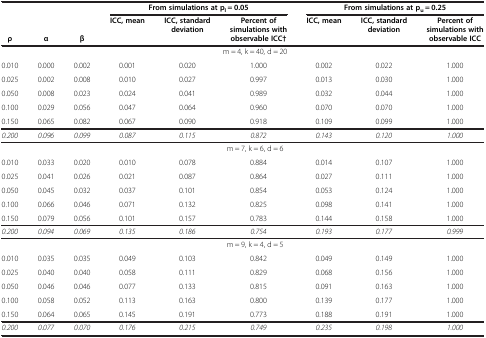
<table><thead><tr><td><b> </b></td><td><b> </b></td><td><b> </b></td><td colspan="3"><b>From simulations at p<sub>l</sub> = 0.05</b></td><td colspan="3"><b>From simulations at p<sub>u</sub> = 0.25</b></td><td><b> </b></td></tr><tr><td><b>ρ</b></td><td><b>α</b></td><td><b>β</b></td><td><b>ICC, mean</b></td><td><b>ICC, standard deviation</b></td><td><b>Percent of simulations with observable ICC†</b></td><td><b>ICC, mean</b></td><td><b>ICC, standard deviation</b></td><td><b>Percent of simulations with observable ICC</b></td><td><b> </b></td></tr></thead><tbody><tr><td colspan="9">m = 4, k = 40, d = 20</td><td> </td></tr><tr><td>0.010</td><td>0.000</td><td>0.002</td><td>0.001</td><td>0.020</td><td>1.000</td><td>0.002</td><td>0.022</td><td>1.000</td><td> </td></tr><tr><td>0.025</td><td>0.002</td><td>0.008</td><td>0.010</td><td>0.027</td><td>0.997</td><td>0.013</td><td>0.030</td><td>1.000</td><td> </td></tr><tr><td>0.050</td><td>0.008</td><td>0.023</td><td>0.024</td><td>0.041</td><td>0.989</td><td>0.032</td><td>0.044</td><td>1.000</td><td> </td></tr><tr><td>0.100</td><td>0.029</td><td>0.056</td><td>0.047</td><td>0.064</td><td>0.960</td><td>0.070</td><td>0.070</td><td>1.000</td><td> </td></tr><tr><td>0.150</td><td>0.065</td><td>0.082</td><td>0.067</td><td>0.090</td><td>0.918</td><td>0.109</td><td>0.099</td><td>1.000</td><td> </td></tr><tr><td><i>0.200</i></td><td><i>0.096</i></td><td><i>0.099</i></td><td><i>0.087</i></td><td><i>0.115</i></td><td><i>0.872</i></td><td><i>0.143</i></td><td><i>0.120</i></td><td><i>1.000</i></td><td> </td></tr><tr><td colspan="9">m = 7, k = 6, d = 6</td><td> </td></tr><tr><td>0.010</td><td>0.033</td><td>0.020</td><td>0.010</td><td>0.078</td><td>0.884</td><td>0.014</td><td>0.107</td><td>1.000</td><td> </td></tr><tr><td>0.025</td><td>0.041</td><td>0.026</td><td>0.021</td><td>0.087</td><td>0.864</td><td>0.027</td><td>0.111</td><td>1.000</td><td> </td></tr><tr><td>0.050</td><td>0.045</td><td>0.032</td><td>0.037</td><td>0.101</td><td>0.854</td><td>0.053</td><td>0.124</td><td>1.000</td><td> </td></tr><tr><td>0.100</td><td>0.066</td><td>0.046</td><td>0.071</td><td>0.132</td><td>0.825</td><td>0.098</td><td>0.141</td><td>1.000</td><td> </td></tr><tr><td>0.150</td><td>0.079</td><td>0.056</td><td>0.101</td><td>0.157</td><td>0.783</td><td>0.144</td><td>0.158</td><td>1.000</td><td> </td></tr><tr><td><i>0.200</i></td><td><i>0.094</i></td><td><i>0.069</i></td><td><i>0.135</i></td><td><i>0.186</i></td><td><i>0.754</i></td><td><i>0.193</i></td><td><i>0.177</i></td><td><i>0.999</i></td><td> </td></tr><tr><td colspan="9">m = 9, k = 4, d = 5</td><td> </td></tr><tr><td>0.010</td><td>0.035</td><td>0.035</td><td>0.049</td><td>0.103</td><td>0.842</td><td>0.049</td><td>0.149</td><td>1.000</td><td> </td></tr><tr><td>0.025</td><td>0.040</td><td>0.040</td><td>0.058</td><td>0.111</td><td>0.829</td><td>0.068</td><td>0.156</td><td>1.000</td><td> </td></tr><tr><td>0.050</td><td>0.046</td><td>0.046</td><td>0.077</td><td>0.133</td><td>0.815</td><td>0.091</td><td>0.163</td><td>1.000</td><td> </td></tr><tr><td>0.100</td><td>0.058</td><td>0.052</td><td>0.113</td><td>0.163</td><td>0.800</td><td>0.139</td><td>0.177</td><td>1.000</td><td> </td></tr><tr><td>0.150</td><td>0.064</td><td>0.065</td><td>0.145</td><td>0.191</td><td>0.773</td><td>0.188</td><td>0.191</td><td>1.000</td><td> </td></tr><tr><td><i>0.200</i></td><td><i>0.077</i></td><td><i>0.070</i></td><td><i>0.176</i></td><td><i>0.215</i></td><td><i>0.749</i></td><td><i>0.235</i></td><td><i>0.198</i></td><td><i>1.000</i></td><td> </td></tr></tbody></table>